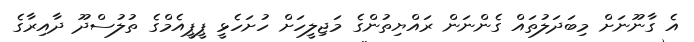
އެ ގާނޫނަށް މިބަދަލުތައް ގެންނަން ރައްޔިތުންގެ މަޖިލީހަށް ހުށަހެޅީ ޕީޕީއެމްގެ ތުލުސްދޫ ދާއިރާގެ